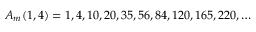
A _ { m } ( 1 , 4 ) = 1 , 4 , 1 0 , 2 0 , 3 5 , 5 6 , 8 4 , 1 2 0 , 1 6 5 , 2 2 0 , \ldots